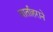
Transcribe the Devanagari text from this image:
वार्ताहराने